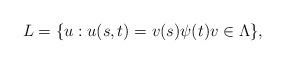
LaTeX: \begin{align*}L=\{u: u(s,t)=v(s)\psi(t) v\in \Lambda\},\end{align*}